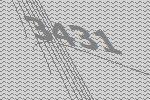
3431